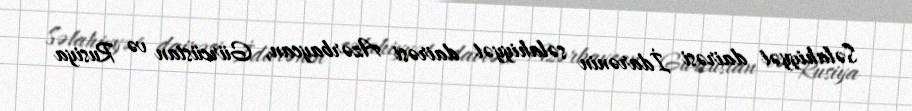
Səlahiyyət dairəsi İdarənin səlahiyyət dairəsi Azərbaycan, Gürcüstan və Rusiya